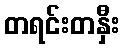
တရင်းတနှီး